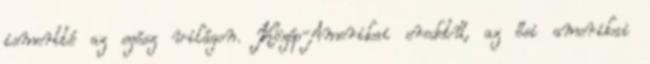
ismertté az egész világon. Közép-Amerikai eredetű, az ősi amerikai